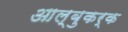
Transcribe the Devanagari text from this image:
आल्बुकर्क